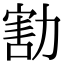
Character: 𠢆